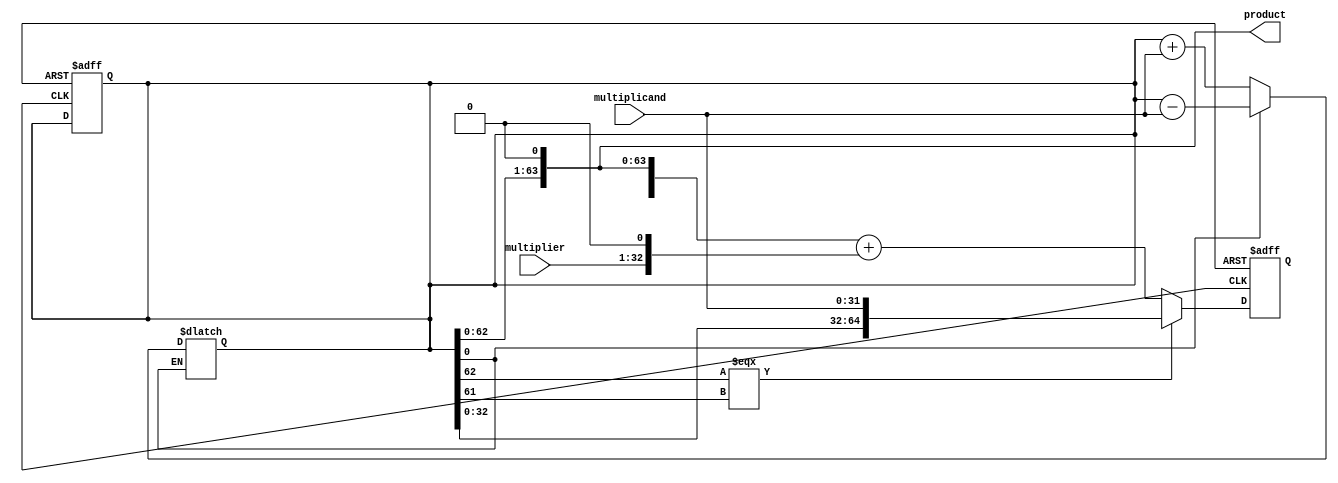
module modified_booth_multiplier (
    input signed [31:0] multiplicand,
    input signed [31:0] multiplier,
    output reg signed [63:0] product
);

reg [63:0] partial_product;
reg [64:0] accumulator;

always @ (*) begin
    accumulator = {partial_product, 1'b0}; // Shift left by 1 bit
end

always @ (*) begin
    case (accumulator[1:0])
        2'b01: partial_product = partial_product + multiplicand;
        2'b10: partial_product = partial_product - multiplicand;
        default: partial_product = partial_product;
    endcase
end

initial begin
    partial_product = 64'b0;
    accumulator = 65'b0;
end

always @ (posedge clk or posedge rst) begin
    if (rst) begin
        partial_product <= 64'b0;
        accumulator <= 65'b0;
    end else if (accumulator[63] === accumulator[62]) begin
        accumulator <= {accumulator[63:1], multiplicand};
    end else begin
        accumulator <= accumulator + (multiplier << 1);
    end
end

assign product = accumulator[63:0];

endmodule